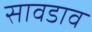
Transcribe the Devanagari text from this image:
सावडाव